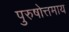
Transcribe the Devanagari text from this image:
पुरुषोत्तमाय